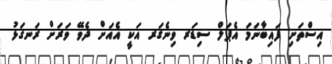
އިސްތަށި ފައިބާނަމަ އެޕަލް ސިޑަރ ވިނެގަރ އަކީ އެއަށް ދެވޭ ވަރަށް ރަނގަޅު